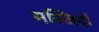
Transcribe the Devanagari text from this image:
मस्‍जिदों